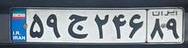
۵۹ج۲۴۶۸۹